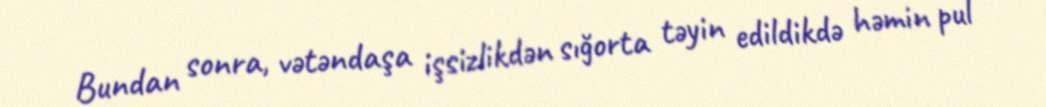
Bundan sonra, vətəndaşa işsizlikdən sığorta təyin edildikdə həmin pul